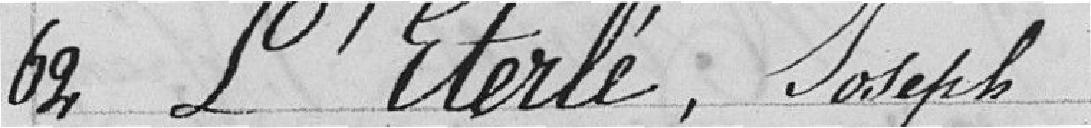
62 L'Eterlé, Joseph